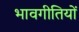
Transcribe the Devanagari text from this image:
भावगीतियों